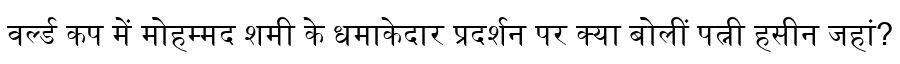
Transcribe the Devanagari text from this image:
वर्ल्ड कप में मोहम्मद शमी के धमाकेदार प्रदर्शन पर क्या बोलीं पत्नी हसीन जहां?